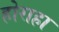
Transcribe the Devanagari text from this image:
होराहा